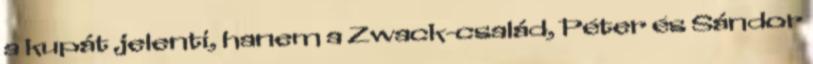
a kupát jelenti, hanem a Zwack-család, Péter és Sándor